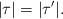
LaTeX: \begin{align*}|\tau| = |\tau'|.\end{align*}